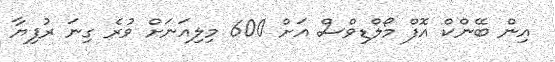
އިން ބޭންކް އޮފް މޯލްޑިވްސް އަށް 600 މިލިއަނަށް ވުރެ ގިނަ ރުފިޔާ